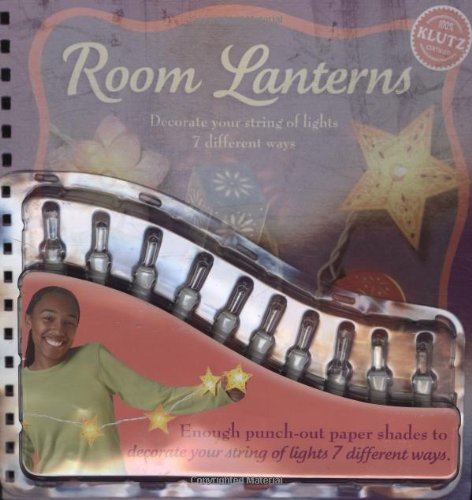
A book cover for Room Lanterns; Teen & Young Adult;